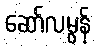
ဆော်လမွန်